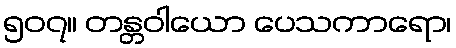
၅၀၇။ တန္တဝါယော ပေသကာရော၊